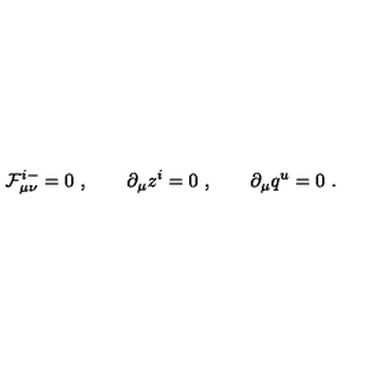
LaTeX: { \cal F } _ { \mu \nu } ^ { i - } = 0 \ , \qquad \partial _ { \mu } z ^ { i } = 0 \ , \qquad \partial _ { \mu } q ^ { u } = 0 \ .